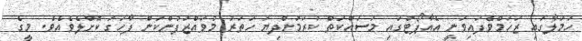
ހަމަލާގައި ޒަހަމްވެފައިވަނީ އެއާޕޯޓުގައި މަސައްކަތް ކުރަމުންދިޔަ ހަތަރު މުވައްޒަފުންކަން ފާހަގަ ކޮށްލެވެއެވެ. މީގެ